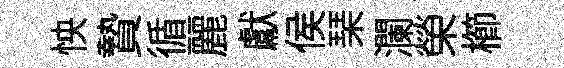
怏贄循麗獻侯琹瀾榮櫛